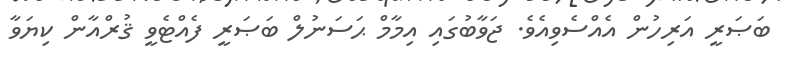
ބަޞަރީ އަރިހުން އެއްސެވިއެވެ. ޖަވާބުގައި އިމާމް ޙަސަނުލް ބަޞަރީ ފެއްޓެވީ ޤުރްއާން ކިޔަވާ